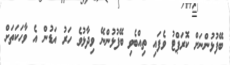
ބޭފުޅުންނަށް ކޮރަޕްޓު ވެފައި ތިއްބެވި ބޭފުޅުންނޭ ވިދާޅުވެ ހަރު އަޑުން އެ ވާހަކަތަށް